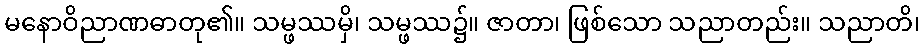
မနောဝိညာဏဓာတု၏။ သမ္ဖဿမှိ၊ သမ္ဖဿ၌။ ဇာတာ၊ ဖြစ်သော သညာတည်း။ သညာတိ၊